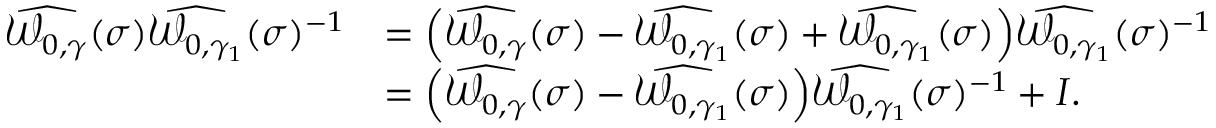
\begin{array} { r l } { \widehat { \mathcal { W } _ { 0 , \gamma } } ( \sigma ) \widehat { \mathcal { W } _ { 0 , \gamma _ { 1 } } } ( \sigma ) ^ { - 1 } } & { = \Big ( \widehat { \mathcal { W } _ { 0 , \gamma } } ( \sigma ) - \widehat { \mathcal { W } _ { 0 , \gamma _ { 1 } } } ( \sigma ) + \widehat { \mathcal { W } _ { 0 , \gamma _ { 1 } } } ( \sigma ) \Big ) \widehat { \mathcal { W } _ { 0 , \gamma _ { 1 } } } ( \sigma ) ^ { - 1 } } \\ & { = \Big ( \widehat { \mathcal { W } _ { 0 , \gamma } } ( \sigma ) - \widehat { \mathcal { W } _ { 0 , \gamma _ { 1 } } } ( \sigma ) \Big ) \widehat { \mathcal { W } _ { 0 , \gamma _ { 1 } } } ( \sigma ) ^ { - 1 } + I . } \end{array}